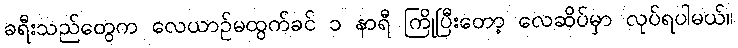
ခရီးသည်တွေက လေယာဉ်မထွက်ခင် ၁ နာရီ ကြိုပြီးတော့ လေဆိပ်မှာ လုပ်ရပါမယ်။